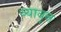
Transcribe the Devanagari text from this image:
व्यावृत्त